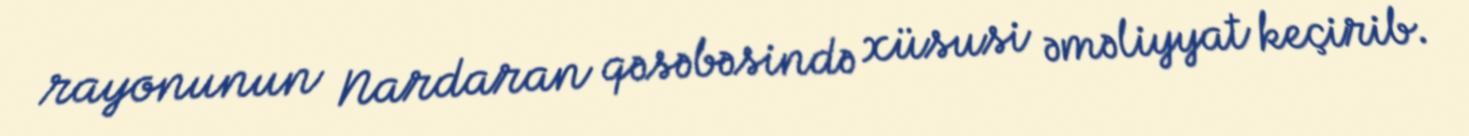
rayonunun Nardaran qəsəbəsində xüsusi əməliyyat keçirib.